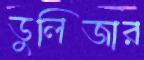
ডুলিজার